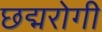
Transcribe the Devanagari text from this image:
छद्मरोगी